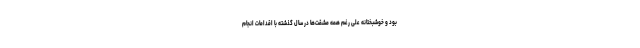
بود و خوشبختانه علی رغم همه مشقت‌ها در سال گذشته با اقدامات انجام